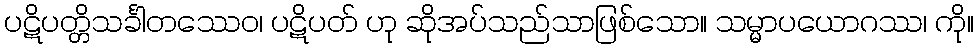
ပဋိပတ္တိသင်္ခါတဿေဝ၊ ပဋိပတ် ဟု ဆိုအပ်သည်သာဖြစ်သော။ သမ္မာပယောဂဿ၊ ကို။